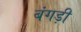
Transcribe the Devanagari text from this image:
बंगड़ी